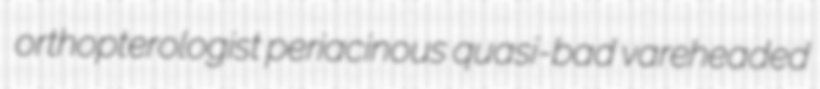
orthopterologist periacinous quasi-bad vareheaded